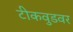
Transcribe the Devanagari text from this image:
टीकवुडवर